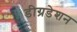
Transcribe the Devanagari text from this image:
डीग्रडेशन